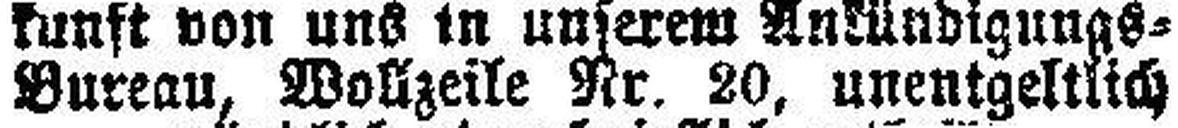
Bureau, Wollzeile Nr. 20, unentgeltlich